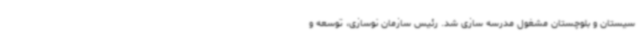
سیستان و بلوچستان مشغول مدرسه سازی شد. رئیس سازمان نوسازی، توسعه و